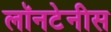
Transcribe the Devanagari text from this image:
लॉनटेनीस